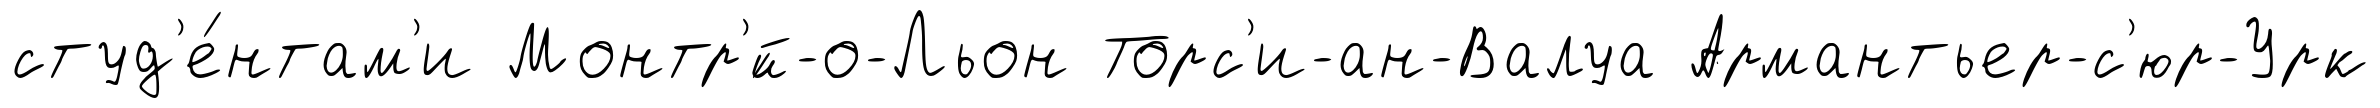
студ'е́нтам'и Монтр'́й-о-Льон Торс'и-ан-Валуа Армантьер-с'юр-Урк